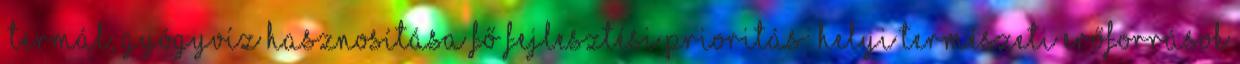
▪Termál, gyógyvíz hasznosítása Fő fejlesztési prioritás: Helyi természeti erőforrások